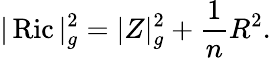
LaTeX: |\operatorname{Ric}|_{g}^{2}=|Z|_{g}^{2}+{\frac{1}{n}}R^{2}.